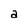
Character: a